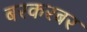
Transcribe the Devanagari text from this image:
बरकरबर